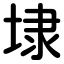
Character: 埭